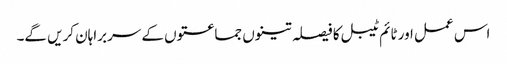
اس عمل اور ٹائم ٹیبل کا فیصلہ تینوں جماعتوں کے سربراہان کریں گے۔